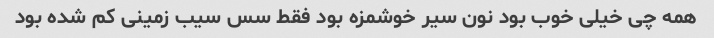
همه چی خیلی خوب بود نون سیر خوشمزه بود فقط سس سیب زمینی کم شده بود